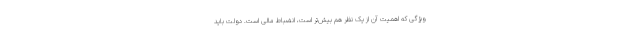
ویژگی که اهمیت آن از یک نظر هم بیش‌تر است، انضباط مالی است. دولت باید